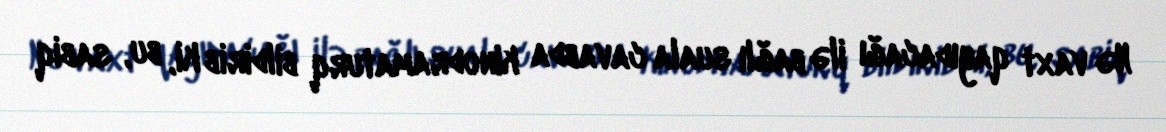
Nə vaxt qayıdacağı ilə bağlı suala cavabda kinodramaturq bildirib ki, bu, sabiq